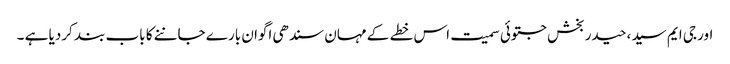
اور جی ایم سید ،حیدر بخش جتوئی سمیت اس خطے کے مہان سندھی اگوان بارے جاننے کا باب بند کردیا ہے ۔